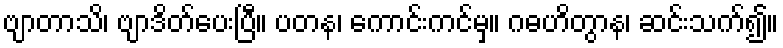
ဗျာတာသိ၊ ဗျာဒိတ်ပေးပြီ။ ပတန၊ ကောင်းကင်မှ။ ဂဓဟိတွာန၊ ဆင်းသက်၍။